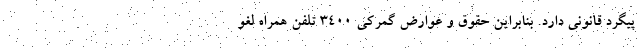
پیگرد قانونی دارد. بنابراین حقوق و عوارض گمرکی ۳۴۰۰ تلفن همراه لغو